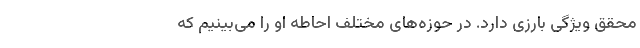
محقق ویژگی بارزی دارد. در حوزه‌های مختلف احاطه او را می‌بینیم که